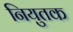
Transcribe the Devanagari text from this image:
नियुतक